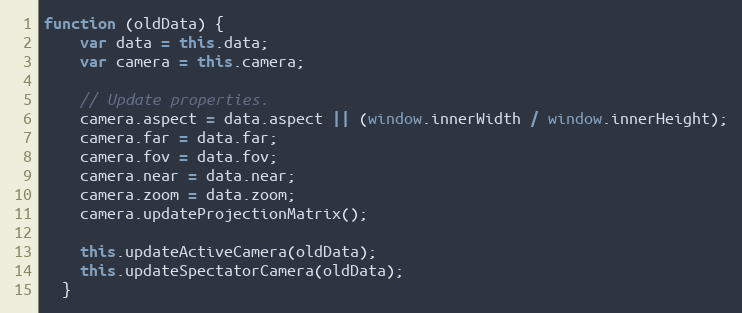
Language: JavaScript
function (oldData) {
    var data = this.data;
    var camera = this.camera;

    // Update properties.
    camera.aspect = data.aspect || (window.innerWidth / window.innerHeight);
    camera.far = data.far;
    camera.fov = data.fov;
    camera.near = data.near;
    camera.zoom = data.zoom;
    camera.updateProjectionMatrix();

    this.updateActiveCamera(oldData);
    this.updateSpectatorCamera(oldData);
  }